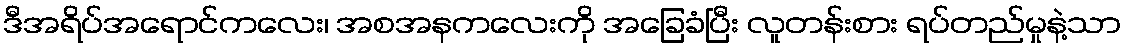
ဒီအရိပ်အရောင်ကလေး၊ အစအနကလေးကို အခြေခံပြီး လူတန်းစား ရပ်တည်မှုနဲ့သာ